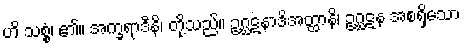
ဟိ သစ္စံ၊ ၏။ အက္ခရာဒီနိ၊ တို့သည်။ ဥဂ္ဃဋနာဒိအတ္ထာနိ၊ ဥဂ္ဃဋန အစရှိသော